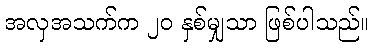
အလှအသက်က ၂၀ နှစ်မျှသာ ဖြစ်ပါသည်။